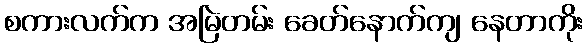
စကားလက်က အမြဲတမ်း ခေတ်နောက်ကျ နေတာကိုး